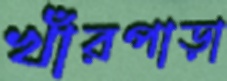
খাঁরপাড়া